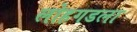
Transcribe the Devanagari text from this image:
लोहगडला